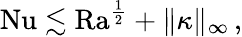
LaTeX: \mathrm{{Nu}}\lesssim\mathrm{{Ra}}^{\frac 12}+\| \kappa\| _{\infty}\, ,